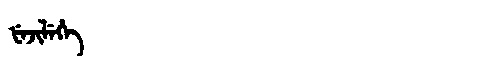
Manchu: ᡶᡝᠵᡳᠯᡝᡥᡝ
Romanization: FEJILEHE